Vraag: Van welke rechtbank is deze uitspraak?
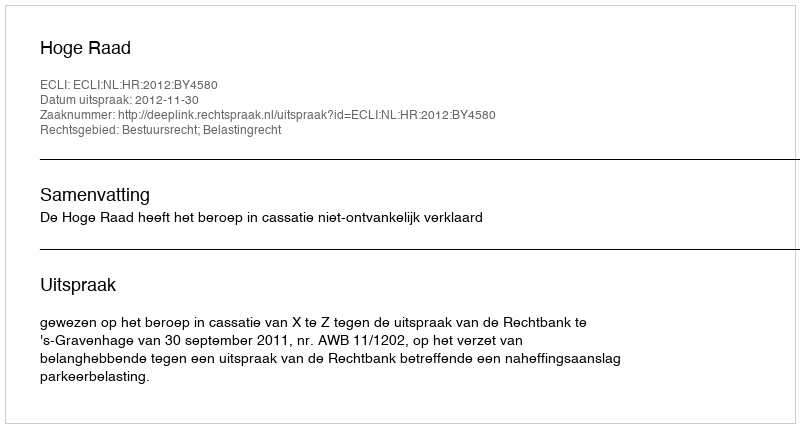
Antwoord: Hoge Raad